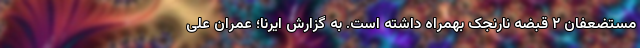
مستضعفان ۲ قبضه نارنجک بهمراه داشته است. به گزارش ایرنا؛ عمران علی